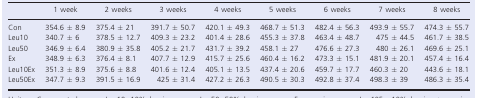
<table><thead><tr><td></td><td><b>1 week</b></td><td><b>2 weeks</b></td><td><b>3 weeks</b></td><td><b>4 weeks</b></td><td><b>5 weeks</b></td><td><b>6 weeks</b></td><td><b>7 weeks</b></td><td><b>8 weeks</b></td></tr></thead><tbody><tr><td>Con</td><td>354.6 ± 8.9</td><td>375.4 ± 21</td><td>391.7 ± 50.7</td><td>420.1 ± 49.3</td><td>468.7 ± 51.3</td><td>482.4 ± 56.3</td><td>493.9 ± 55.7</td><td>474.3 ± 55.7</td></tr><tr><td>Leu10</td><td>340.7 ± 6</td><td>378.5 ± 12.7</td><td>409.3 ± 23.2</td><td>401.4 ± 28.6</td><td>455.3 ± 37.8</td><td>463.4 ± 48.7</td><td>475 ± 44.5</td><td>461.7 ± 38.5</td></tr><tr><td>Leu50</td><td>346.9 ± 6.4</td><td>380.9 ± 35.8</td><td>405.2 ± 21.7</td><td>431.7 ± 39.2</td><td>458.1 ± 27</td><td>476.6 ± 27.3</td><td>480 ± 26.1</td><td>469.6 ± 25.1</td></tr><tr><td>Ex</td><td>348.9 ± 6.3</td><td>376.4 ± 8.1</td><td>407.7 ± 12.9</td><td>415.7 ± 25.6</td><td>460.4 ± 16.2</td><td>473.3 ± 15.1</td><td>481.9 ± 20.1</td><td>457.4 ± 16.4</td></tr><tr><td>Leu10Ex</td><td>351.3 ± 8.9</td><td>375.6 ± 8.8</td><td>401.6 ± 12.4</td><td>405.1 ± 13.5</td><td>437.4 ± 20.6</td><td>459.7 ± 17.7</td><td>460.3 ± 20</td><td>443.6 ± 18.1</td></tr><tr><td>Leu50Ex</td><td>347.7 ± 9.3</td><td>391.5 ± 16.9</td><td>425 ± 31.4</td><td>427.2 ± 26.3</td><td>490.5 ± 30.3</td><td>492.8 ± 37.4</td><td>498.3 ± 39</td><td>486.3 ± 35.4</td></tr></tbody></table>